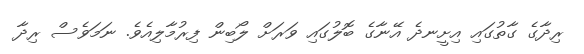
ރިދާގެ ގާތުގައި އިށީނދެ އޭނާގެ ބޮލުގައި ވަރަށް ލޯބިން ފިރުމާލިއެވެ. ނަމަވެސް ރިދާ